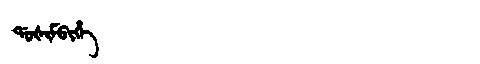
Manchu: ᡩᠣᡧᡳᠮᠪᡳᡥᡝ
Romanization: DOŠIMBIHE